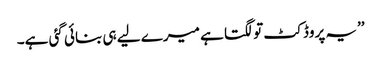
’’یہ پروڈکٹ تو لگتا ہے میرے لیے ہی بنائی گئی ہے۔